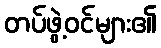
တပ်ဖွဲ့ဝင်များ၏